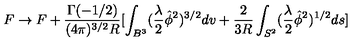
F \rightarrow F + \frac { \Gamma ( - 1 / 2 ) } { ( 4 \pi ) ^ { 3 / 2 } R } [ \int _ { B ^ { 3 } } ( \frac { \lambda } { 2 } \hat { \phi } ^ { 2 } ) ^ { 3 / 2 } d v + \frac { 2 } { 3 R } \int _ { S ^ { 2 } } ( \frac { \lambda } { 2 } \hat { \phi } ^ { 2 } ) ^ { 1 / 2 } d s ]